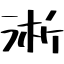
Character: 淅